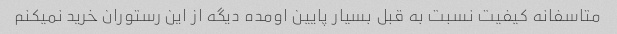
متاسفانه کیفیت نسبت به قبل بسیار پایین اومده دیگه از این رستوران خرید نمیکنم